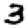
Digit: 3